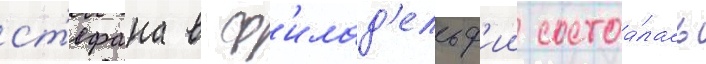
ст'ефана в ф'илад'ельф'ии состоа́лась